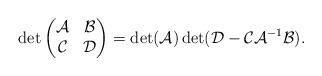
LaTeX: \begin{align*}\det \begin{pmatrix}\mathcal A & \mathcal B \\\mathcal C & \mathcal D \\\end{pmatrix} & =\det(\mathcal A) \det(\mathcal D-\mathcal {CA}^{-1}\mathcal B).\end{align*}